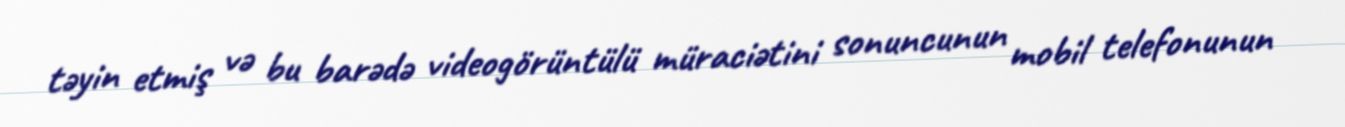
təyin etmiş və bu barədə videogörüntülü müraciətini sonuncunun mobil telefonunun